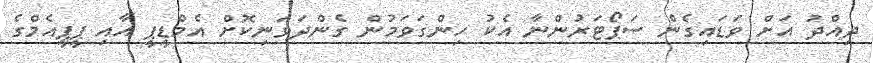
ދިއްދު އަށް ވަޑައިގެން ސަޕޯޓަރުންނާ އެކު ހިންގަވަމުން ގެންދަވަނިކޮށް އެމްޑީޕީ އާއި ޕީޕީއެމްގެ